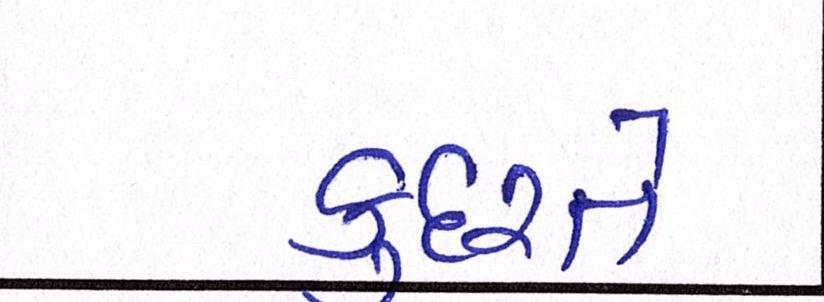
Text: કુદરતે